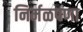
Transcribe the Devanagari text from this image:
निर्मळपणा